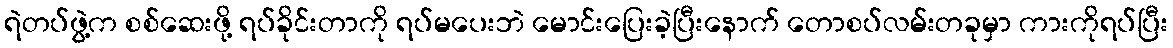
ရဲတပ်ဖွဲ့က စစ်ဆေးဖို့ ရပ်ခိုင်းတာကို ရပ်မပေးဘဲ မောင်းပြေးခဲ့ပြီးနောက် တောစပ်လမ်းတခုမှာ ကားကိုရပ်ပြီး